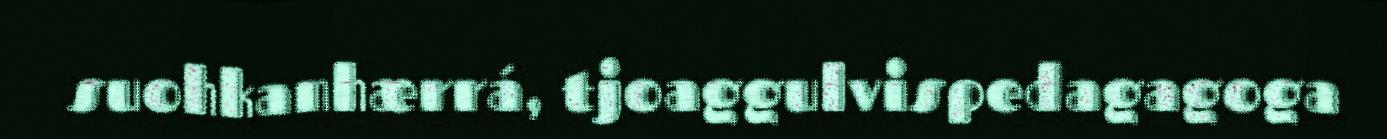
suohkanhærrá, tjoaggulvispedagagoga